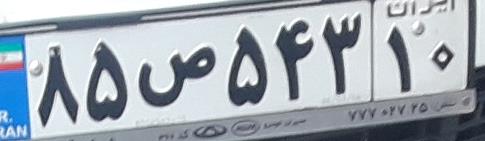
۸۵ص۵۴۳۱۰